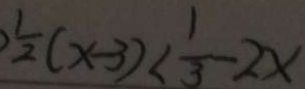
\frac { 1 } { 2 } ( x - 3 ) < \frac { 1 } { 3 } - 2 x